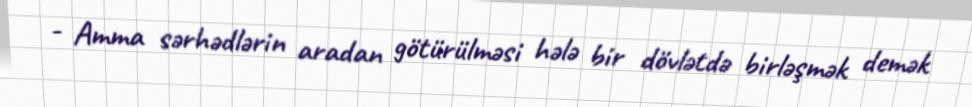
- Amma sərhədlərin aradan götürülməsi hələ bir dövlətdə birləşmək demək